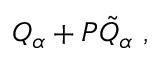
Q _ { \alpha } + P { \tilde { Q } } _ { \alpha } \ ,